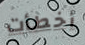
أخطأت